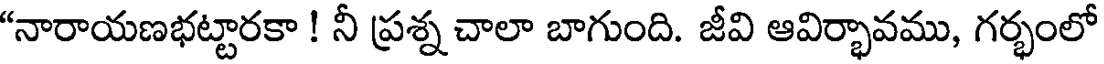
"నారాయణభట్టారకా ! నీ ప్రశ్న చాలా బాగుంది. జీవి ఆవిర్భావము, గర్భంలో